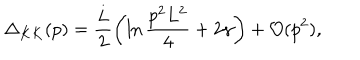
LaTeX: \Delta _ { K K } ( p ) = { \frac { L } { 2 } } \biggl ( \ln { \frac { p ^ { 2 } L ^ { 2 } } { 4 } } + 2 \gamma \biggr ) + { \cal O } ( p ^ { 2 } ) ,